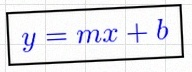
y=mx+b